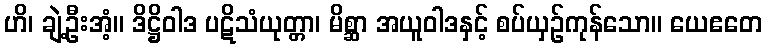
ဟိ၊ ချဲ့ဦးအံ့။ ဒိဋ္ဌိဝါဒ ပဋိသံယုတ္တာ၊ မိစ္ဆာ အယူဝါဒနှင့် စပ်ယှဉ်ကုန်သော။ ယေဧတေ